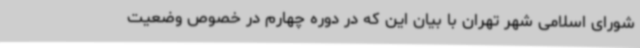
شورای اسلامی شهر تهران با بیان این که در دوره چهارم در خصوص وضعیت